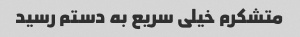
متشکرم خیلی سریع به دستم رسید